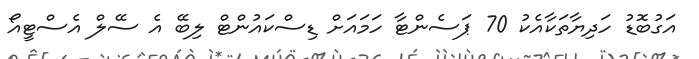
އަގުބޮޑު ހަދިޔާތަކާއެކު 70 ޕަސެންޓާ ހަމައަށް ޑިސްކައުންޓް ލިބޭ އެ ސޭލް އެސްޓީއޯ